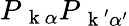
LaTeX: P_{\mathrm{~\mathbf~k~}\alpha}P_{\mathrm{~\mathbf~k~}^{\prime}\alpha^{\prime}}